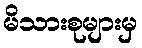
မိသားစုများမှ